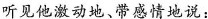
听见他激动地、带感情地说：